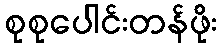
စုစုပေါင်းတန်ဖိုး